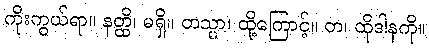
ကိုးကွယ်ရာ။ နတ္ထိ၊ မရှိ။ တသ္မာ၊ ထို့ကြောင့်။ တ၊ ထိုဒါနကို။